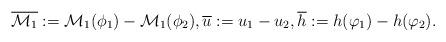
LaTeX: \begin{align*}\overline{\mathcal{M}_{1}} := \mathcal{M}_{1}(\phi_{1}) - \mathcal{M}_{1}(\phi_{2}), \overline{u} := u_{1} - u_{2}, \overline{h} := h(\varphi_{1}) - h(\varphi_{2}).\end{align*}